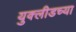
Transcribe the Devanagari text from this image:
युक्लीडच्या